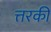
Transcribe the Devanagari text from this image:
त्तरकी